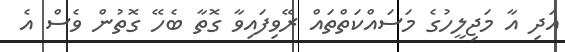
އަދި އާ މަޖިލީހުގެ މަސައްކަތްތައް ރޭވިފައިވާ ގޮތާ ބެހޭ ގޮތުން ވެސް އެ